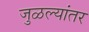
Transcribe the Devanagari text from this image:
जुळल्यांतर